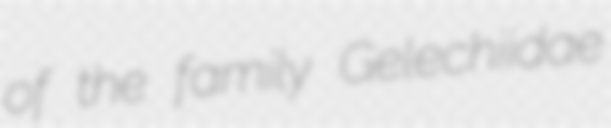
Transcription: of the family Gelechiidae